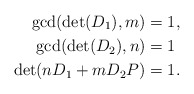
\begin{align*}\gcd(\det(D_1), m) &= 1,\\\gcd(\det(D_2), n) &= 1 \\\det(nD_1+mD_2P) &= 1.\end{align*}